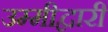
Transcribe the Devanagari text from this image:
उम्मीद्वारी